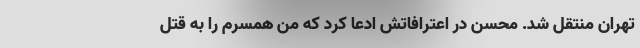
تهران منتقل شد. محسن در اعترافاتش ادعا کرد که من همسرم را به قتل